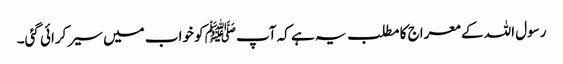
رسول اللہ کے معراج کا مطلب یہ ہے کہ آپﷺ کو خواب میں سیر کرائی گئی۔